Bréfritari: Sigurður Jónsson
Viðtakandi: Jón Borgfirðings Jónsson
Dagsetning: A-1861-10-04
Skrifað á: Möðrudal  N-Múl.

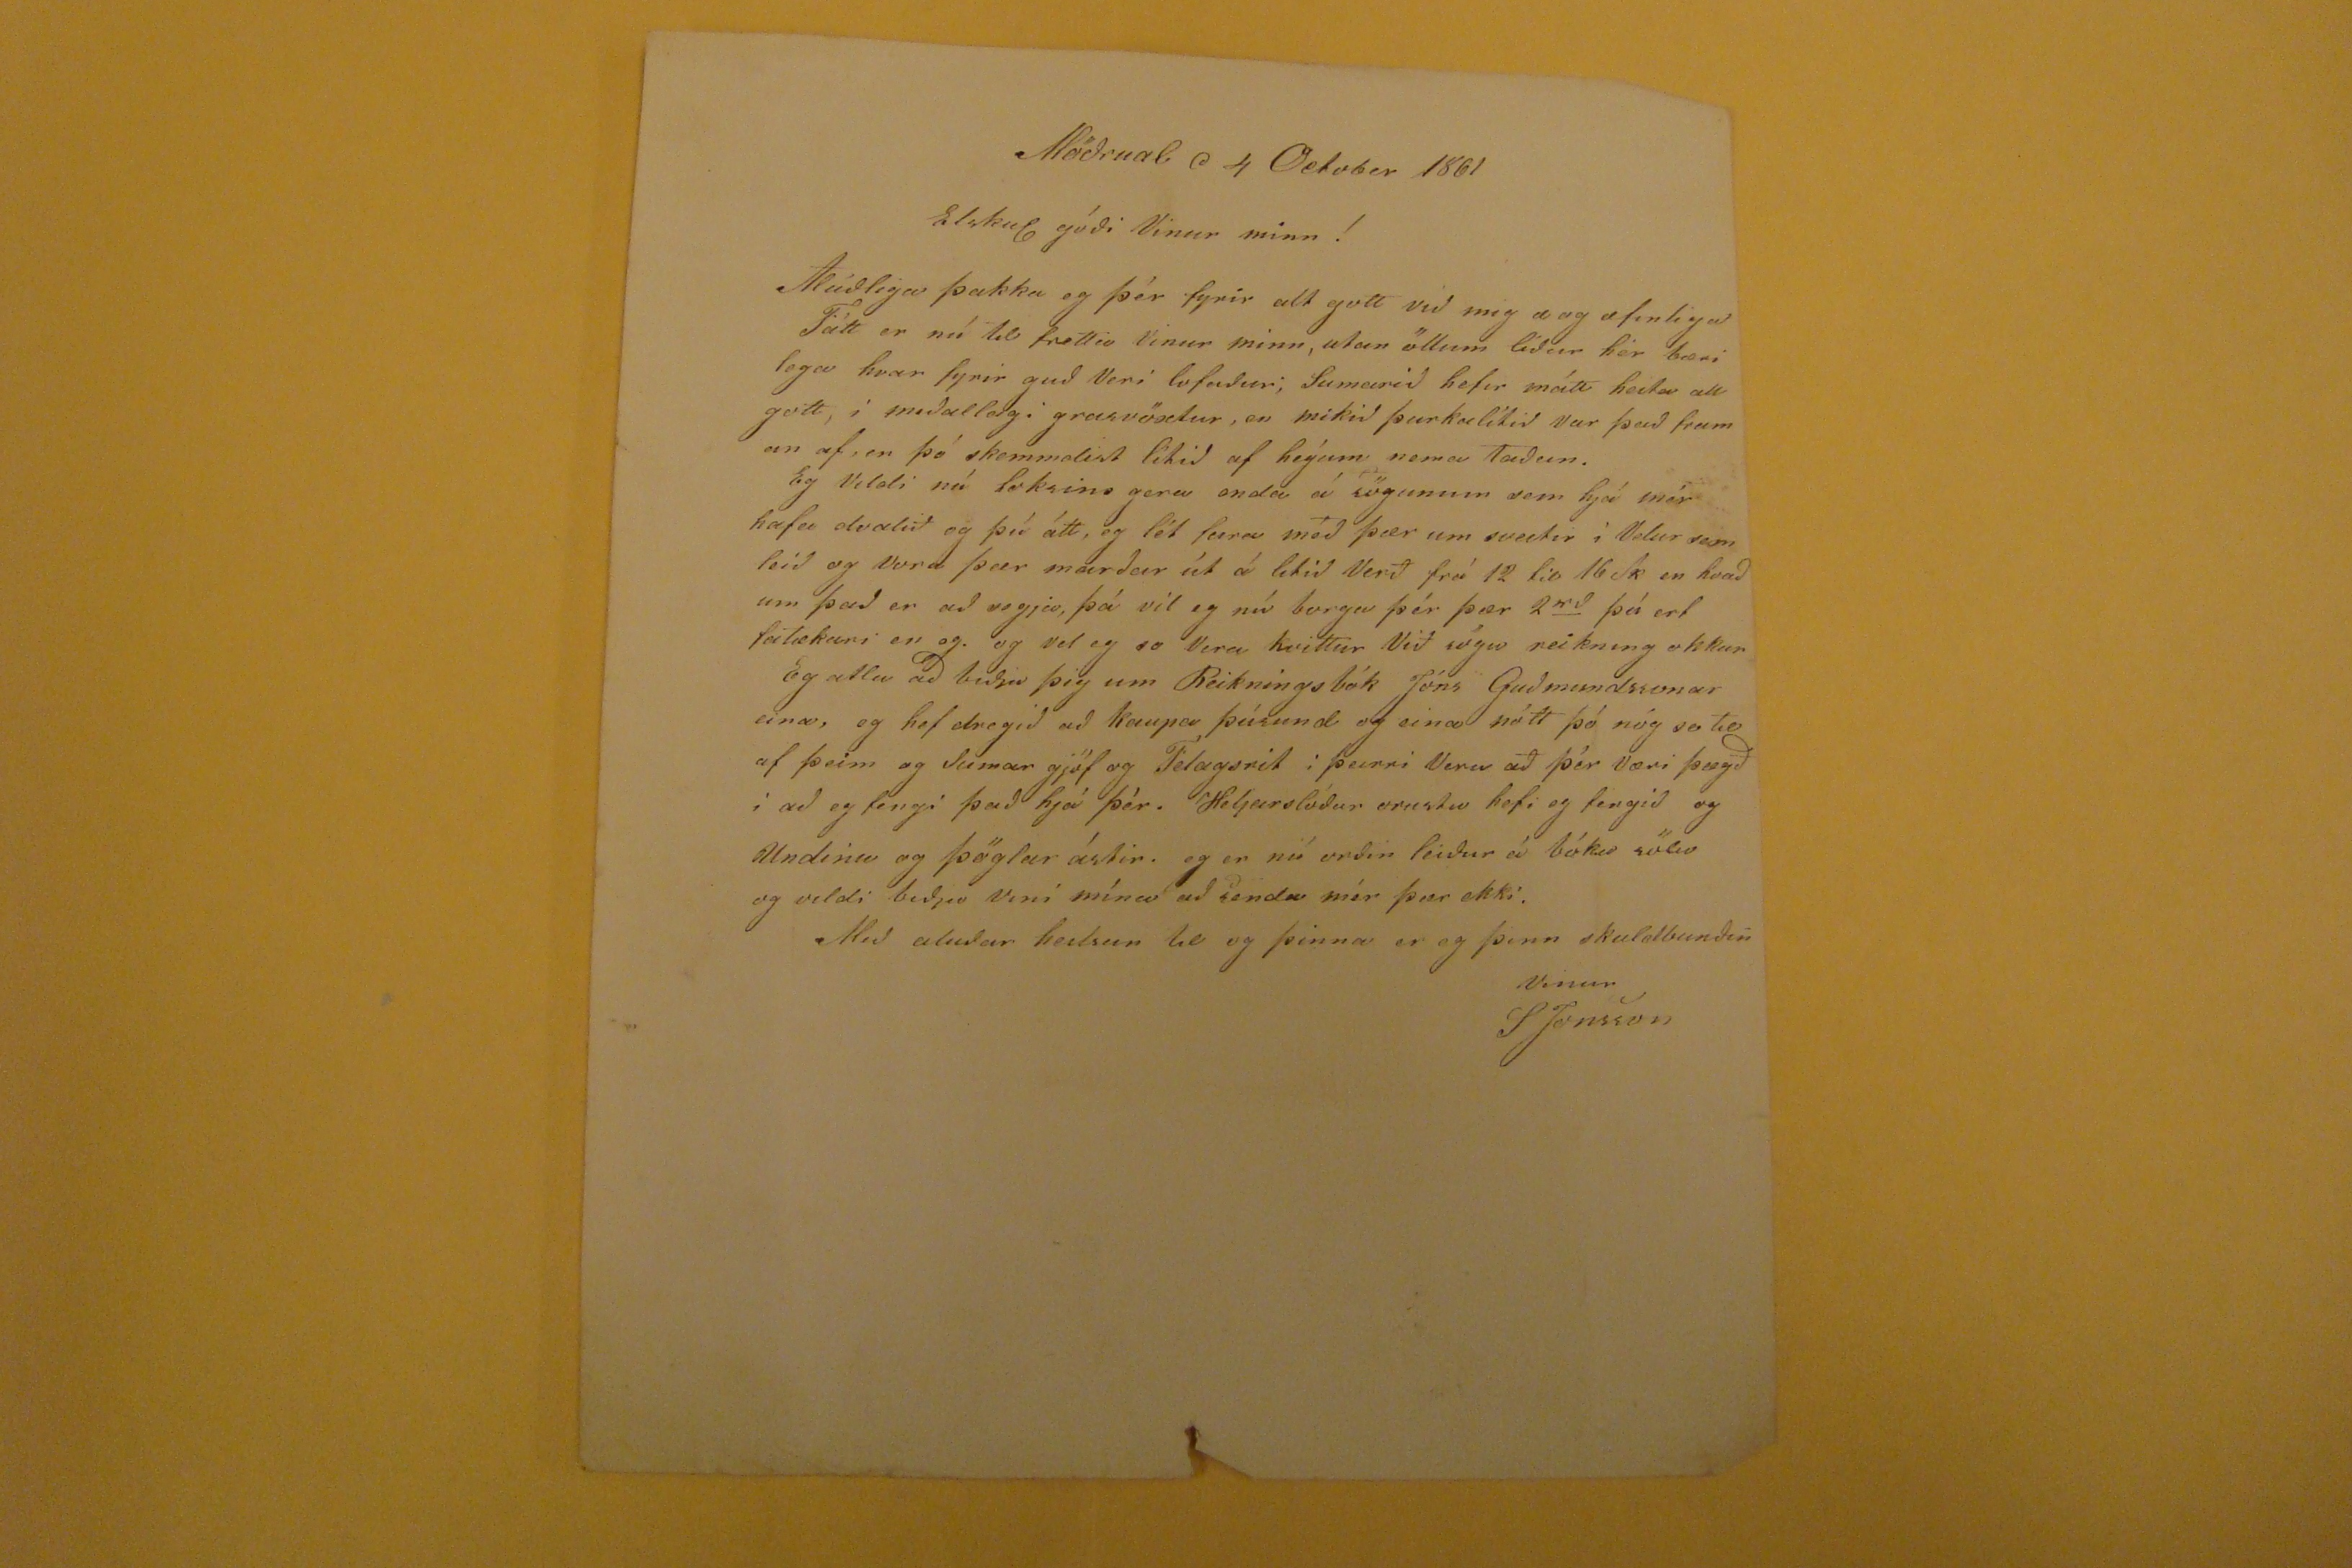

Möðrudal d 4 October 1861
Elskul góði Vinur minn!
Alúðliga þakka eg þér fyrir alt gott við mig a og æfinliga Fátt er nú til frett
ia
Vinur minn, utan öllum líður hér bærilega hvar fyrir guð Veri lofaður; Sumarið hefur mátt heita all gott, í meðallagi grasvöxtur, en mikið þurkalítið Var það framan af, er þó skemmdist lítið af heýum nema taðun. Eg Vildi nú loksins gera enda á sögunum sem hjá mér hafa dvalið og þú átt, og lét fara me
´
r þær um sveitir i Vetur sem leið og vora þar marður út á litið Verð frá 12 til 16 sk en hvað um það er að segja, þá vil eg nú borga þér þær 2
rd
þú ert fatækari en eg. og vel eg so Vera kvittur Við sögu reikning okkar Eg ætla að biðja þig um Reikningsbók Jóns Gu'mundssonar eina, og hef dregið að kaupa þúsund og eina nótt þó nóg se tiul af þeim og sumar gjöf og Félagsrit i þeirri Veru að þér Væri þægð i að eg fengi það hjá þér. Heljarslóðar orustu hefi eg fengið og
Undinu
og þöglar ástir. eg er nú orðin leiður á bóka sölu og vildi biðja vini mína að senda mér þær ekki.
Með aluðar heilsun til og þinna er eg þinn skuldbunðin
Vinur
SJonsson